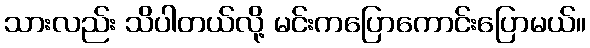
သားလည်း သိပါတယ်လို့ မင်းကပြောကောင်းပြောမယ်။